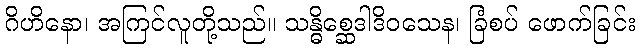
ဂိဟိနော၊ အကြင်လူတို့သည်။ သန္ဓိစ္ဆေဒါဒိဝသေန၊ ခြံစပ် ဖောက်ခြင်း